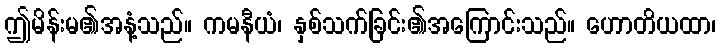
ဤမိန်းမ၏အနံ့သည်။ ကမနီယံ၊ နှစ်သက်ခြင်း၏အကြောင်းသည်။ ဟောတိယထာ၊